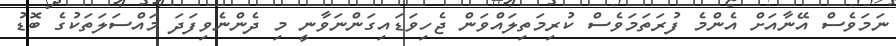
ނަމަވެސް އޭނާއަށް އެންމެ ފުރަތަމަވެސް ކުރިމަތިލައްވަން ޖެހިވަޑައިގަންނަވާނީ މި ދެންނެވިފަދަ މައްސަލަތަކުގެ ބޮޑު